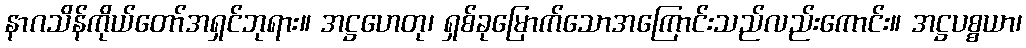
နာဂသိန်ကိုယ်တော်အရှင်ဘုရား။ အဋ္ဌဟေတု၊ ရှစ်ခုမြောက်သောအကြောင်းသည်လည်းကောင်း။ အဋ္ဌပစ္စယာ၊